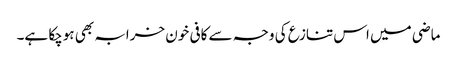
ماضی میں اس تنازع کی وجہ سے کافی خون خرابہ بھی ہوچکا ہے۔